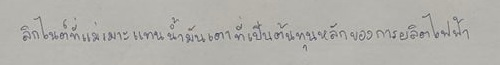
ลิกไนต์ที่แม่เมาะแทนน้ำมันเตาที่เป็นต้นทุนหลักของการผลิตไฟฟ้า